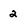
Character: 2